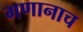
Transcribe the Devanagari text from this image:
गणानाच